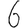
Digit: 6